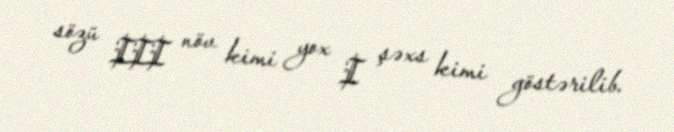
sözü III növ kimi yox I şəxs kimi göstərilib.